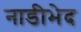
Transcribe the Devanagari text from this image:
नाडीभेद